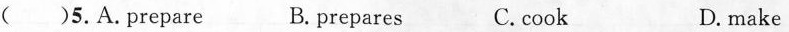
( )5.A.prepare B. prepares C.cook D. make